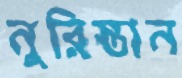
নুরিস্তান